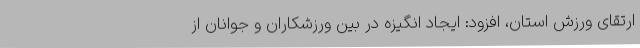
ارتقای ورزش استان، افزود: ایجاد انگیزه در بین ورزشکاران و جوانان از